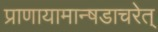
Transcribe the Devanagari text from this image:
प्राणायामान्षडाचरेत्